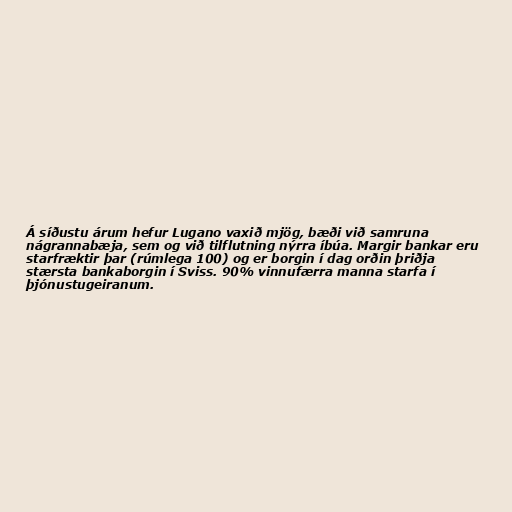
Á síðustu árum hefur Lugano vaxið mjög, bæði við samruna
nágrannabæja, sem og við tilflutning nýrra íbúa. Margir bankar eru
starfræktir þar (rúmlega 100) og er borgin í dag orðin þriðja
stærsta bankaborgin í Sviss. 90% vinnufærra manna starfa í
þjónustugeiranum.